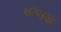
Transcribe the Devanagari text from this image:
कॉप्लाझ